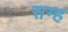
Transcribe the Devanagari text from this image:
सम्ह